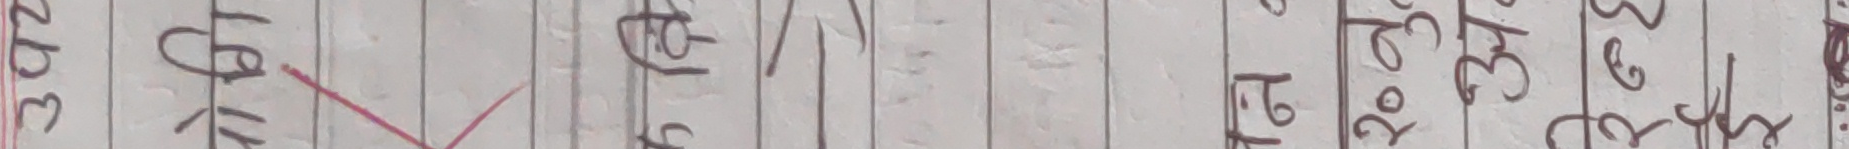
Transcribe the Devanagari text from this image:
३५० १६४५ १७५० २२३७ ४०३९